Lunatic asylums United Provinces 1899-1908 - 1899-1908
Year: 1899
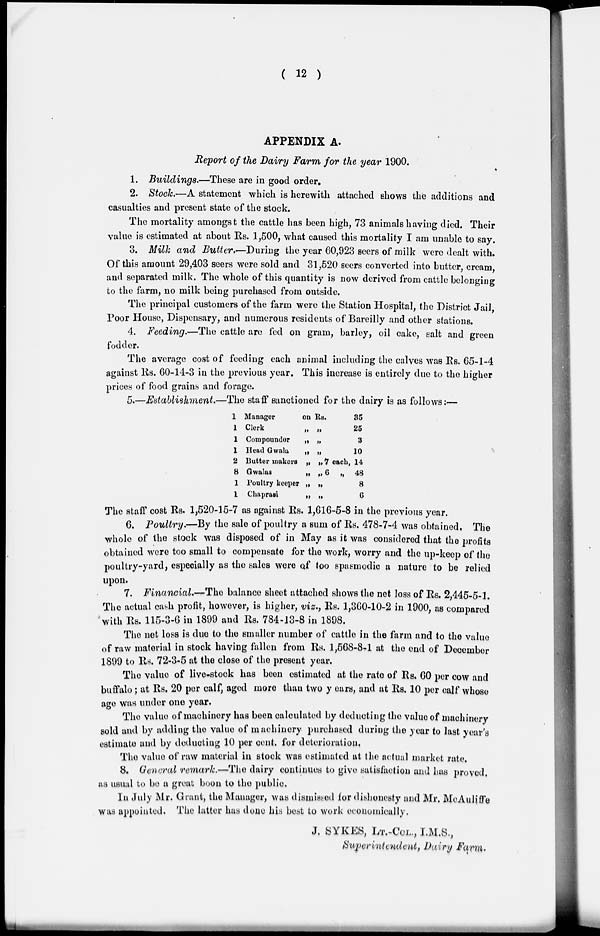
( 12 )
APPENDIX A.
Report of the Dairy Farm for the year 1900.
1. Buildings.—These are in good order.
2. Stock.—A statement which is herewith attached shows the additions and
casualties and present state of the stock.
The mortality amongst the cattle has been high, 73 animals having died. Their
value is estimated at about Rs. 1,500, what caused this mortality I am unable to say.
3. Milk and Butter.—During the year 60,923 seers of milk were dealt with.
Of this amount 29,403 seers were sold and 31,520 seers converted into butter, cream,
and separated milk. The whole of this quantity is now derived from cattle belonging
to the farm, no milk being purchased from outside.
The principal customers of the farm were the Station Hospital, the District Jail,
Poor House, Dispensary, and numerous residents of Bareilly and other stations.
4. Feeding.—The cattle are fed on gram, barley, oil cake, salt and green
fodder.
The average cost of feeding each animal including the calves was Rs. 65-1-4
against Rs. 60-14-3 in the previous year. This increase is entirely due to the higher
prices of food grains and forage.
5.—Establishment.—The staff sanctioned for the dairy is as follows:—
1
1
1
1
2
8
1
1
Manager
on Rs.
Clerk
„ „
Compounder
„ „
Head Gwala
„ „
Butter makers „ „ 7 each,
Gwalas
„
„ 6 „
Poultry keeper „ „
Chaprasi
„ „
35
25
3
10
14
48
8
6
The staff cost Rs. 1,520-15-7 as against Rs. 1,616-5-8 in the previous year.
6. Poultry.—By the sale of poultry a sum of Rs. 478-7-4 was obtained. The
whole of the stock was disposed of in May as it was considered that the profits
obtained were too small to compensate for the work, worry and the up-keep of the
poultry-yard, especially as the sales were of too spasmodic a nature to be relied
upon.
7. Financial.—The balance sheet attached shows the net loss of Rs. 2,445-5-1.
The actual cash profit, however, is higher, viz., Rs. 1,360-10-2 in 1900, as compared
with Rs. 115-3-6 in 1899 and Rs. 784-13-8 in 1898.
The net loss is due to the smaller number of cattle in the farm and to the value
of raw material in stock having fallen from Rs. 1,568-8-1 at the end of December
1899 to Rs. 72-3-5 at the close of the present year.
The value of live-stock has been estimated at the rate of Rs. 60 per cow and
buffalo; at Rs. 20 per calf, aged more than two years, and at Rs. 10 per calf whose
ago was under one year.
The value of machinery has been calculated by deducting the value of machinery
sold and by adding the value of machinery purchased during the year to last year's
estimate and by deducting 10 per cent, for deterioration,
The value of raw material in stock was estimated at the actual market rate.
8. General remark.—The dairy continues to give satisfaction and has proved,
as usual to be a great boon to the public.
In July Mr. Grant, the Manager, was dismissed for dishonesty and Mr. McAuliffe
was appointed. The latter has done his best to work economically.
J. SYKES, LT.-COL., I.M.S.,
Superintendent, Dairy Farm.